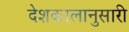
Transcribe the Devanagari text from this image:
देशकालानुसारी